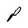
Character: P